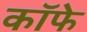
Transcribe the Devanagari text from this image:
कॉफे